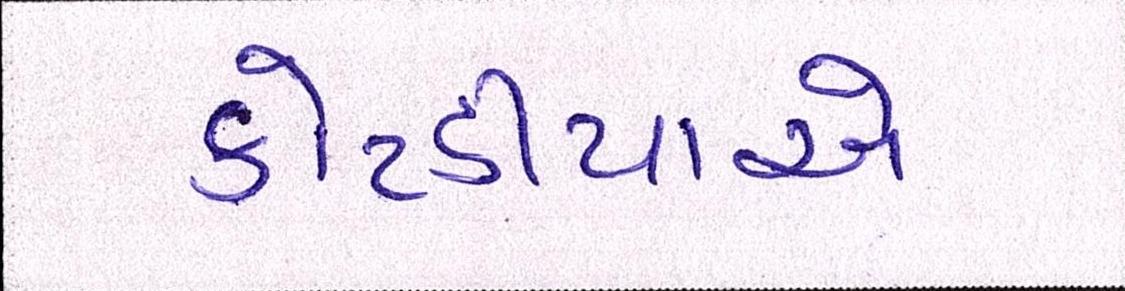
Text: કોટડીયાએ